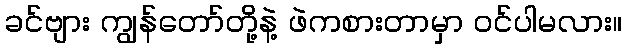
ခင်ဗျား ကျွန်တော်တို့နဲ့ ဖဲကစားတာမှာ ဝင်ပါမလား။